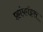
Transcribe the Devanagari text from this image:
फ़्रांकॉइस